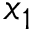
x _ { 1 }